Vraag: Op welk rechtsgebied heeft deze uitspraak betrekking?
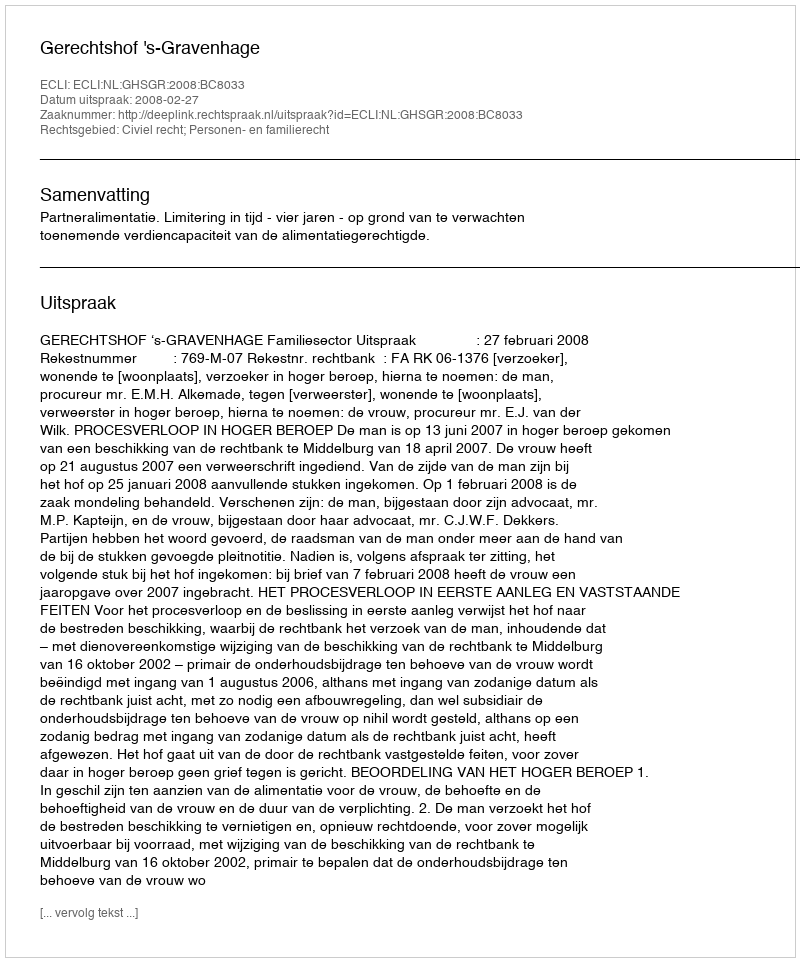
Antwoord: Civiel recht; Personen- en familierecht